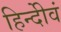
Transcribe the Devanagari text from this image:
हिन्दीेवं